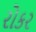
રોકર